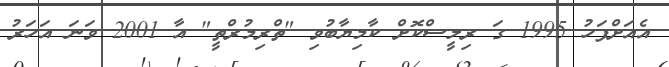
އެއަށްފަހު 1995 ގަ ރިލީސްކޮށް ކާމިޔާބުވި "ތްރިމުރްތީ" އާ 2001 ވަނަ އަހަރު